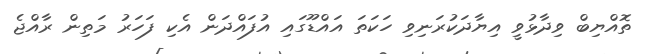
ތޮއްޔިބް ވިދާޅުވީ އިޔާދަކުރަނިވި ހަކަތަަ އައްޑޫގައި އުފައްދަން އެކި ފަހަރު މަތިން ރާއްޖެ